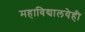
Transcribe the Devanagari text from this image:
महाविद्यालयेही